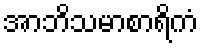
အာဘိသမာစာရိကံ